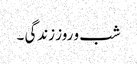
شب و روز زندگی ۔